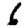
Digit: 6